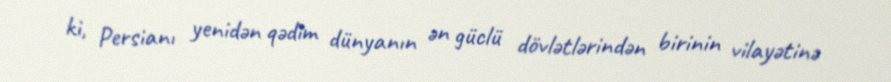
ki, Persianı yenidən qədim dünyanın ən güclü dövlətlərindən birinin vilayətinə